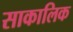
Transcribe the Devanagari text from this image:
साकालिक